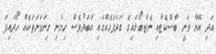
އަދި އޭނާ ވަނީ ބާސްކެޓާއި ނެޓްބޯޅައިގެ ގަދަފަހެއްގައި އަބަދުވެސް ހިމެނި ގިނަވަނަތަކެއް ހޯދައިފަ